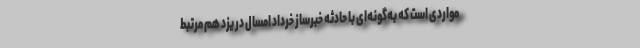
مواردی است که به‌گونه‌ای با حادثه خبرساز خرداد امسال در یزد هم مرتبط